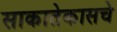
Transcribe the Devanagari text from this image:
साकातेकासचे